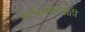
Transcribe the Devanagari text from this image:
शरीराभोवतीही